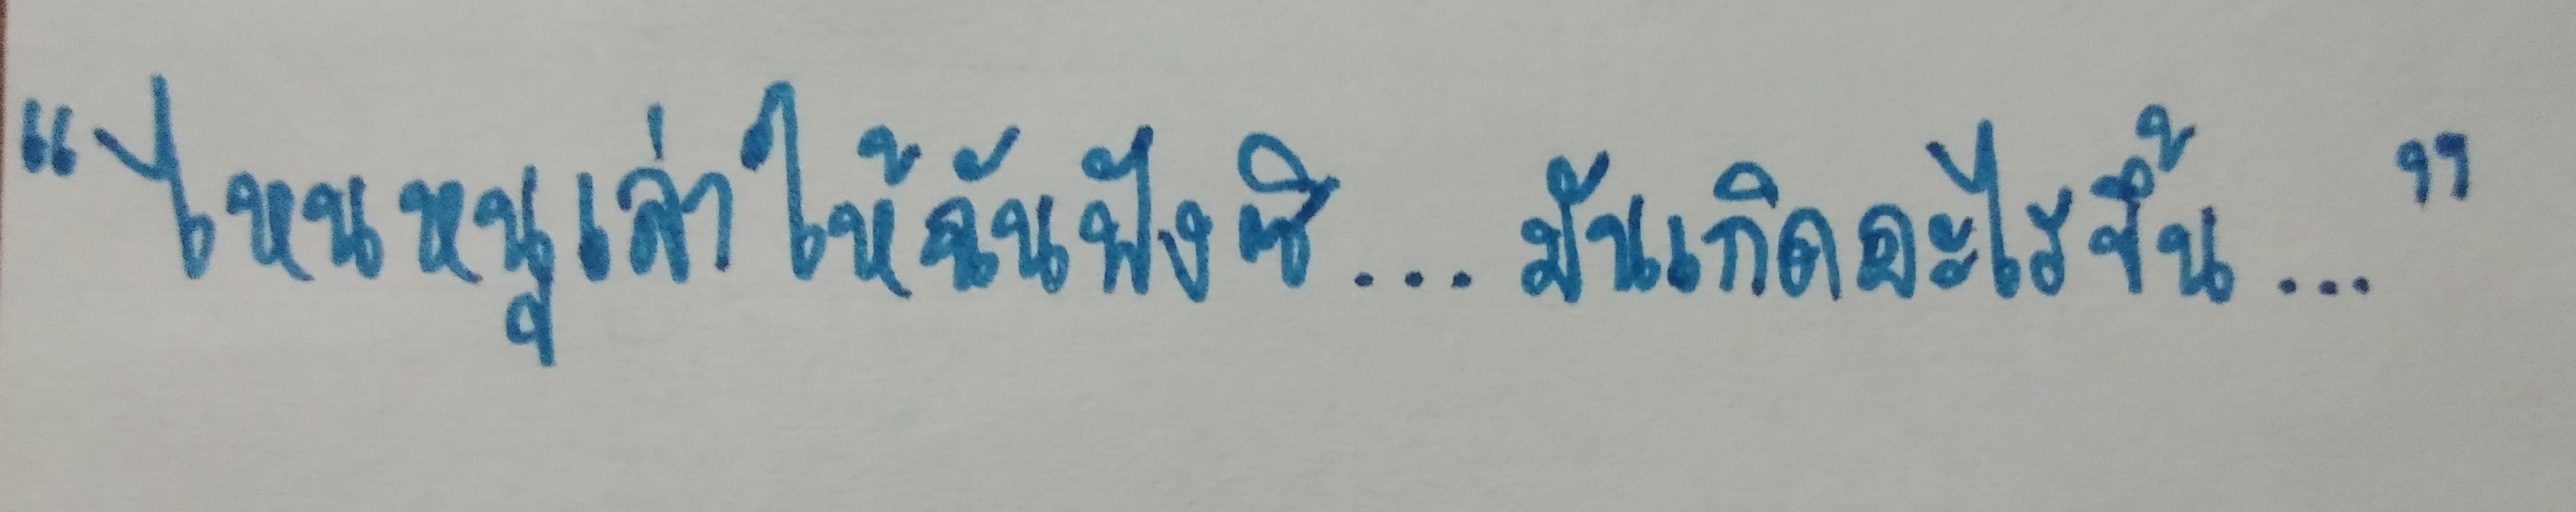
"ไหนหนูเล่าให้ฉันฟังซิ...มันเกิดอะไรขึ้น..."